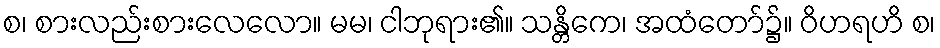
စ၊ စားလည်းစားလေလော။ မမ၊ ငါဘုရား၏။ သန္တိကေ၊ အထံတော်၌။ ဝိဟရဟိ စ၊